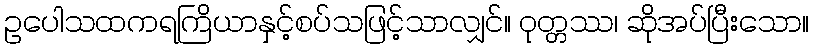
ဥပေါသထကရကြိယာနှင့်စပ်သဖြင့်သာလျှင်။ ဝုတ္တဿ၊ ဆိုအပ်ပြီးသော။